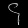
Digit: ၄